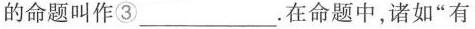
的命题叫作③____。在命题中，诸如”有